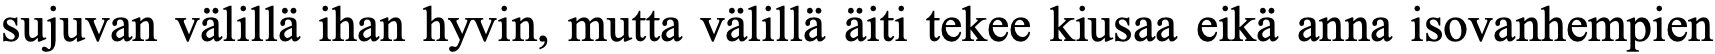
sujuvan välillä ihan hyvin, mutta välillä äiti tekee kiusaa eikä anna isovanhempien